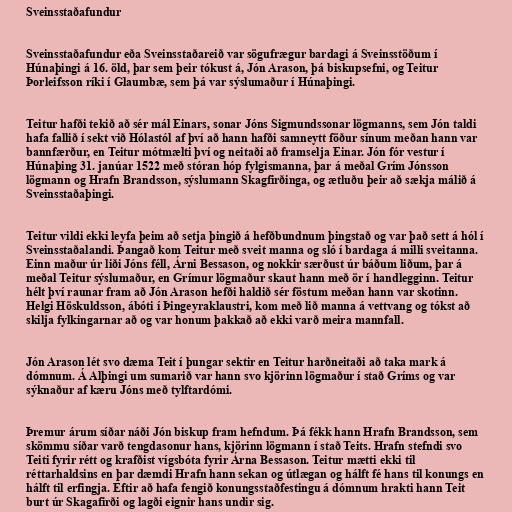
Sveinsstaðafundur

Sveinsstaðafundur eða Sveinsstaðareið var sögufrægur bardagi á Sveinsstöðum í
Húnaþingi á 16. öld, þar sem þeir tókust á, Jón Arason, þá biskupsefni, og Teitur
Þorleifsson ríki í Glaumbæ, sem þá var sýslumaður í Húnaþingi.

Teitur hafði tekið að sér mál Einars, sonar Jóns Sigmundssonar lögmanns, sem Jón taldi
hafa fallið í sekt við Hólastól af því að hann hafði samneytt föður sínum meðan hann var
bannfærður, en Teitur mótmælti því og neitaði að framselja Einar. Jón fór vestur í
Húnaþing 31. janúar 1522 með stóran hóp fylgismanna, þar á meðal Grím Jónsson
lögmann og Hrafn Brandsson, sýslumann Skagfirðinga, og ætluðu þeir að sækja málið á
Sveinsstaðaþingi.

Teitur vildi ekki leyfa þeim að setja þingið á hefðbundnum þingstað og var það sett á hól í
Sveinsstaðalandi. Þangað kom Teitur með sveit manna og sló í bardaga á milli sveitanna.
Einn maður úr liði Jóns féll, Árni Bessason, og nokkir særðust úr báðum liðum, þar á
meðal Teitur sýslumaður, en Grímur lögmaður skaut hann með ör í handlegginn. Teitur
hélt því raunar fram að Jón Arason hefði haldið sér föstum meðan hann var skotinn.
Helgi Höskuldsson, ábóti í Þingeyraklaustri, kom með lið manna á vettvang og tókst að
skilja fylkingarnar að og var honum þakkað að ekki varð meira mannfall.

Jón Arason lét svo dæma Teit í þungar sektir en Teitur harðneitaði að taka mark á
dómnum. Á Alþingi um sumarið var hann svo kjörinn lögmaður í stað Gríms og var
sýknaður af kæru Jóns með tylftardómi.

Þremur árum síðar náði Jón biskup fram hefndum. Þá fékk hann Hrafn Brandsson, sem
skömmu síðar varð tengdasonur hans, kjörinn lögmann í stað Teits. Hrafn stefndi svo
Teiti fyrir rétt og krafðist vígsbóta fyrir Árna Bessason. Teitur mætti ekki til
réttarhaldsins en þar dæmdi Hrafn hann sekan og útlægan og hálft fé hans til konungs en
hálft til erfingja. Eftir að hafa fengið konungsstaðfestingu á dómnum hrakti hann Teit
burt úr Skagafirði og lagði eignir hans undir sig.